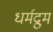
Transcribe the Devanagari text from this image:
धर्मद्रुम